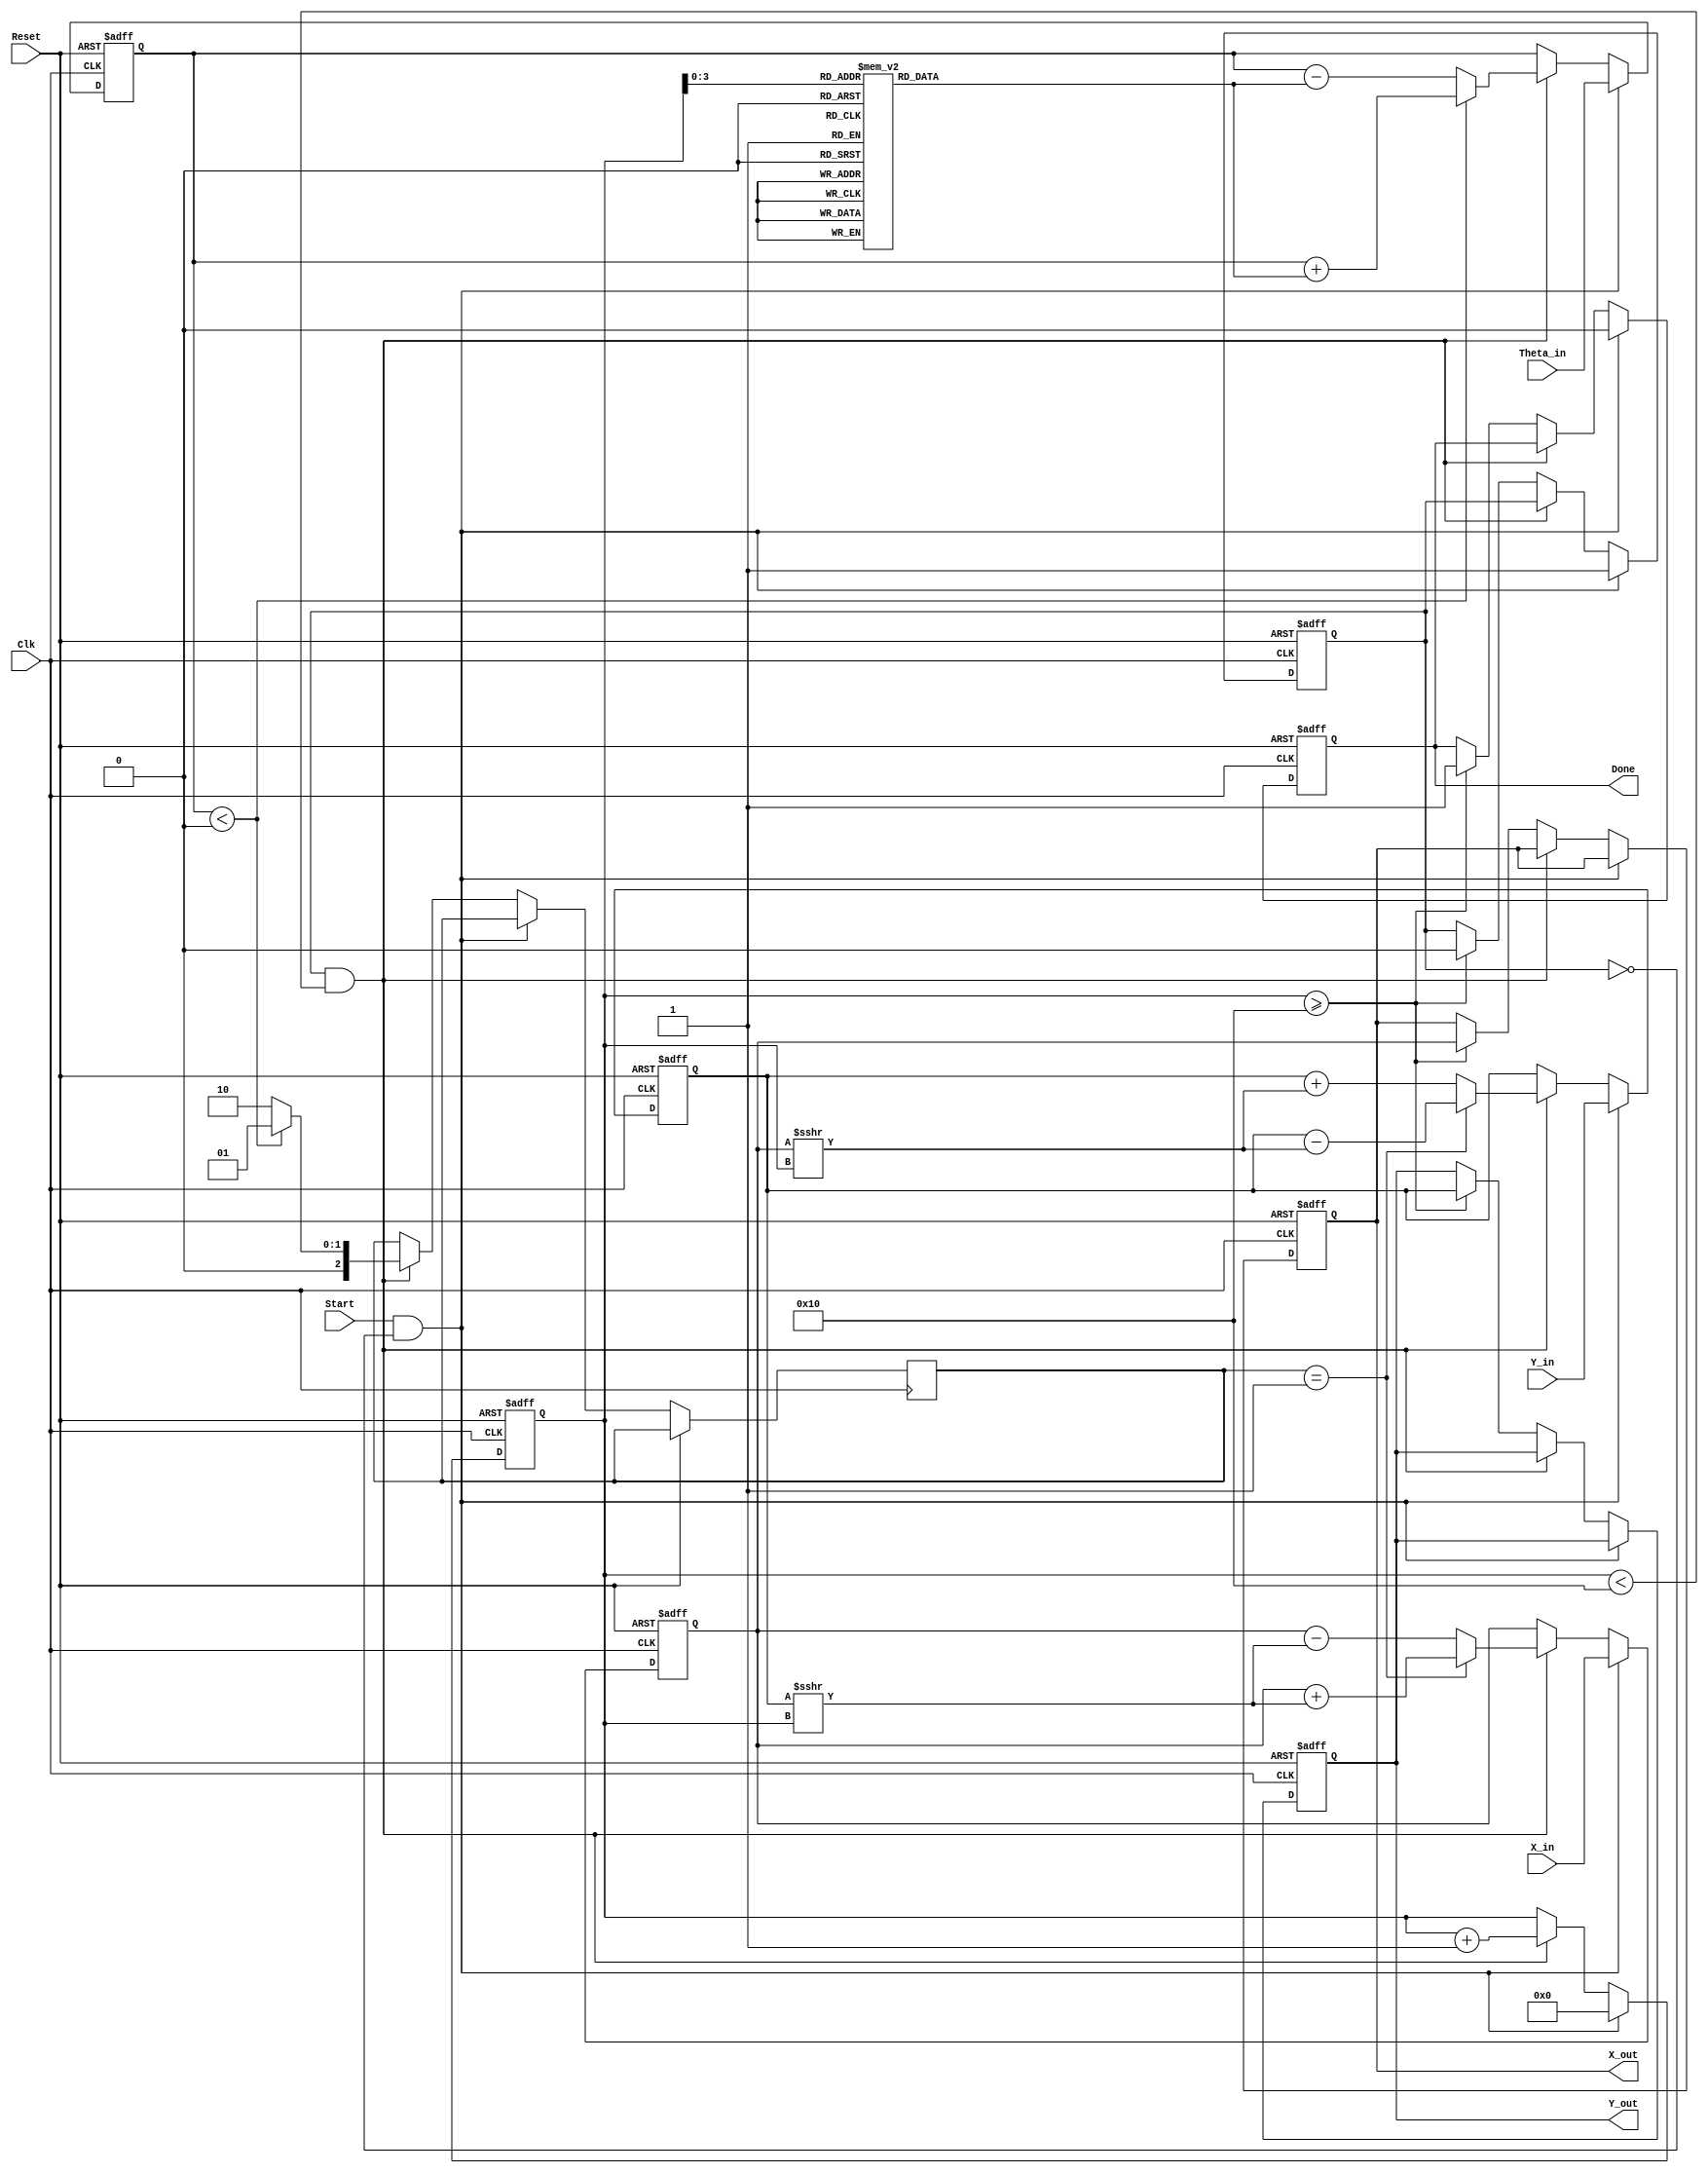
module cordic_fixed (
    input  wire signed [15:0] X_in,      // Fixed-point input for x-coordinate
    input  wire signed [15:0] Y_in,      // Fixed-point input for y-coordinate
    input  wire signed [15:0] Theta_in,  // Fixed-point input for angle (radians)
    input  wire Start,                    // Control signal to initiate the CORDIC operation
    input  wire Clk,                      // Clock signal
    input  wire Reset,                    // Asynchronous reset signal
    
    output reg signed [15:0] X_out,      // Fixed-point output for x-coordinate
    output reg signed [15:0] Y_out,      // Fixed-point output for y-coordinate
    output reg Done                       // Control signal indicating completion
);

// Parameters
parameter NUM_ITERATIONS = 16; // Number of CORDIC iterations
parameter fixed_point_fraction = 16; // Number of fractional bits in fixed-point representation

// Internal signals
reg signed [15:0] X;           // Intermediate x-coordinate
reg signed [15:0] Y;           // Intermediate y-coordinate
reg signed [15:0] Z;           // Angle of rotation
reg [4:0] i;                   // Iteration counter
reg [2:0] d;                   // Direction of rotation
reg signed [15:0] atan_table [0:NUM_ITERATIONS-1]; // Lookup table for atan values
reg processing;                // Processing control signal

// Initialize atan_table with fixed-point values of arctangent for each iteration
initial begin
    atan_table[0] = 16'h26DD; // atan(2^-0) in fixed-point
    atan_table[1] = 16'h1D8A; // atan(2^-1) in fixed-point
    atan_table[2] = 16'h1347; // atan(2^-2) in fixed-point
    atan_table[3] = 16'h0A3D; // atan(2^-3) in fixed-point
    atan_table[4] = 16'h0519; // atan(2^-4) in fixed-point
    // Add additional values for NUM_ITERATIONS
    // ...
end

always @(posedge Clk or posedge Reset) begin
    if (Reset) begin
        X <= 16'b0;
        Y <= 16'b0;
        Z <= 16'b0;
        i <= 0;
        Done <= 0;
        processing <= 0;
        X_out <= 16'b0;
        Y_out <= 16'b0;
    end else if (Start && !processing) begin
        // Start the CORDIC computation
        processing <= 1;
        X <= X_in;
        Y <= Y_in;
        Z <= Theta_in;
        i <= 0;
        Done <= 0;
    end else if (processing && i < NUM_ITERATIONS) begin
        // CORDIC Iteration Logic
        if (Z < 0) begin
            d <= 3'b001; // Rotate clockwise
            Z <= Z + atan_table[i];
        end else begin
            d <= 3'b010; // Rotate counter-clockwise
            Z <= Z - atan_table[i];
        end
        
        // Update x and y coordinates based on the current direction
        if (d == 3'b001) begin
            X <= X + (Y >>> i);
            Y <= Y - (X >>> i);
        end else begin
            X <= X - (Y >>> i);
            Y <= Y + (X >>> i);
        end
        
        // Increment the iteration counter
        i <= i + 1;
    end else if (i >= NUM_ITERATIONS) begin
        // Indicate completion and output the result
        Done <= 1;
        processing <= 0;
        X_out <= X;
        Y_out <= Y;
    end
end

endmodule